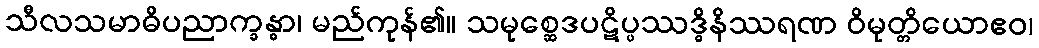
သီလသမာဓိပညာက္ခန္ဓာ၊ မည်ကုန်၏။ သမုစ္ဆေဒပဋိပ္ပဿဒ္ဓိနိဿရဏ ဝိမုတ္တိယောဧဝ၊